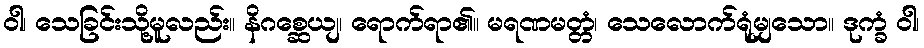
ဝါ၊ သေခြင်းသို့မူလည်း။ နိဂစ္ဆေယျ၊ ရောက်ရာ၏။ မရဏမတ္တံ၊ သေလောက်ရုံမျှသော။ ဒုက္ခံ ဝါ၊